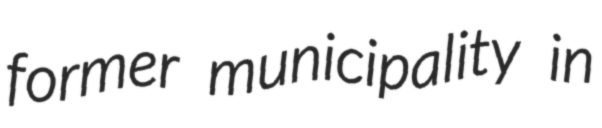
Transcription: former municipality in